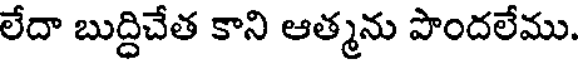
లేదా బుద్దిచేత కాని ఆత్మను పొందలేము.